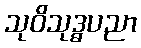
သုဝိသုဒ္ဓပညာ